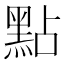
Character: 點